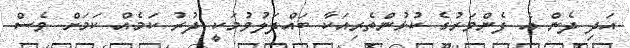
އަދި ދެން އެ ފެންވަރުގެ ކުޅުންތެރިއަކާ ބައްދަލުވުމަކީ ދުރު ކަމެއް ކަމަށް ވެސް